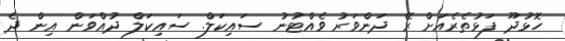
ހޮޅުދޫ ފަޅުތެރެއަށް ރޭ ދަންވަރު ވެއްޓުނު ސައިކަލް. ސައިކަލް ދުއްވަން އިން ދެ